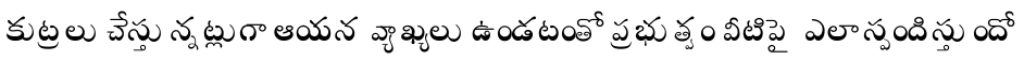
కుట్రలు చేస్తున్నట్లుగా ఆయన వ్యాఖ్యలు ఉండటంతో ప్రభుత్వం వీటిపై ఎలా స్పందిస్తుందో